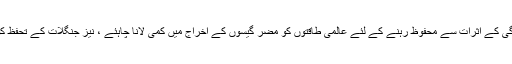
عالمی سطح پر آلودگی کے اثرات سے محفوظ رہنے کے لئے عالمی طاقتوں کو مضر گیسوں کے اخراج میں کمی لانا چاہئے ، نیز جنگلات کے تحفظ کو یقینی بنانا چاہئے۔